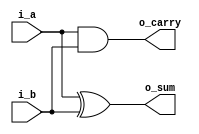
`timescale 1ns / 1ps

module HalfAdder(
    input i_a, i_b,
    output o_sum, o_carry
    );

    assign o_sum = i_a ^ i_b;
    assign o_carry = i_a & i_b;

endmodule